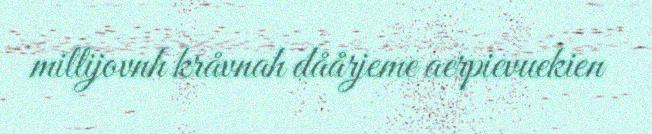
millijovnh kråvnah dåårjeme aerpievuekien